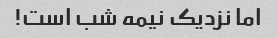
اما نزدیک نیمه شب است!